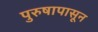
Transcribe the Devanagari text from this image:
पुरुषापासून